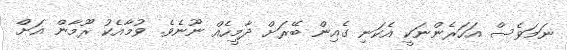
ނަމަވެސް އަހަރެންނަކީ އެކަނި ގެއިން ބޭރަށް ދާމީހެއް ނޫނެވެ. ވުމާއެކު ރޫމާން އަށް